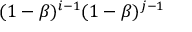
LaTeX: ( 1 - \beta ) ^ { i - 1 } ( 1 - \beta ) ^ { j - 1 }